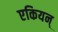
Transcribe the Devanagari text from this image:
एकियन्